system: You are a helpful assistant.
user:
Analyze the provided spectrum to determine if it is a **"Cataclysmic Variables (CV)"**.

- **Key Indicators for CV (Check for either state):**
    - **State 1: Quiescent / Low-State (Emission-Dominated)**
        - **(Primary):** Strong and *very broad* Hydrogen Balmer emission lines (e.g., $H\alpha$ at 6563 Å, $H\beta$ at 4861 Å). The 'broadness' (high velocity dispersion, often FWHM > 1000 km/s) is the key diagnostic, indicating a high-velocity accretion disk.
        - **(Secondary):** Broad neutral Helium (He I) emission lines (e.g., 5876 Å, 6678 Å).
        - **(Key Confirmation):** Presence of high-excitation *ionized* Helium (He II) emission at 4686 Å. This is a strong indicator of accretion onto a white dwarf.
        - **(Line Profile):** Emission lines may exhibit a 'double-peaked' profile, which is a classic signature of a rotating accretion disk viewed at high inclination.

    - **State 2: Outburst / High-State (Absorption-Dominated)**
        - **(Primary):** Spectrum is dominated by a bright, blue continuum (looks like a hot star).
        - **(Secondary):** The emission lines from State 1 are weak, absent, or 'filled in', and are replaced by broad, shallow *absorption* lines (primarily Balmer and He I).
        - **(Morphology):** The overall spectrum mimics a hot B/A-type star. The crucial difference is that the absorption lines are significantly broader, shallower, and more 'washed-out' (or 'smeared') than the sharp lines of a normal stellar photosphere, due to high rotational speeds and pressure broadening in the disk.

Think first, call **spectral_visualization_tool** if needed to examine features in detail, then provide your final answer. Your response must adhere to the following strict rules:
1.  **Overall Structure:** Your response must follow the format `<think>...</think> <tool_call>...</tool_call> (if a tool is used) <answer>...</answer>`.
2.  **Tool Usage Constraint:** You may only make **one** tool call per turn.
3.  **Final Answer Format:** In the `<answer>` tag, your conclusion must be inside a `\boxed{}` command (e.g., `\boxed{YES}`), followed by your justification.

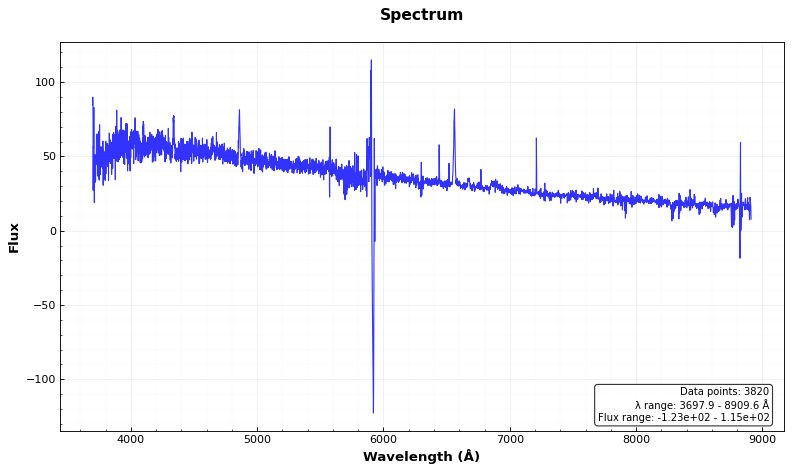
Answer: YES